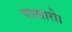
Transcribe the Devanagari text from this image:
पासारो।